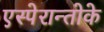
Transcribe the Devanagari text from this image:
एस्पेरान्तोके